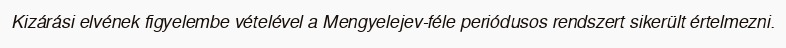
Kizárási elvének figyelembe vételével a Mengyelejev-féle periódusos rendszert sikerült értelmezni.